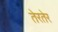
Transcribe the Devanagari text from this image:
तेरतेर